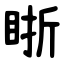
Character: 䀿